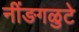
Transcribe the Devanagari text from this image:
नींङगळुटे